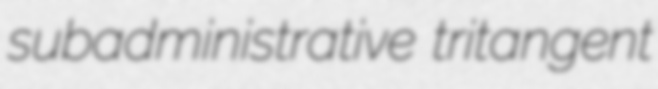
subadministrative tritangent